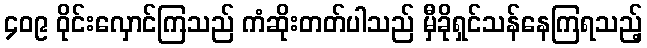
၄၀၉ ဝိုင်းလှောင်ကြသည် ကံဆိုးတတ်ပါသည် မှီခိုရှင်သန်နေကြရသည့်